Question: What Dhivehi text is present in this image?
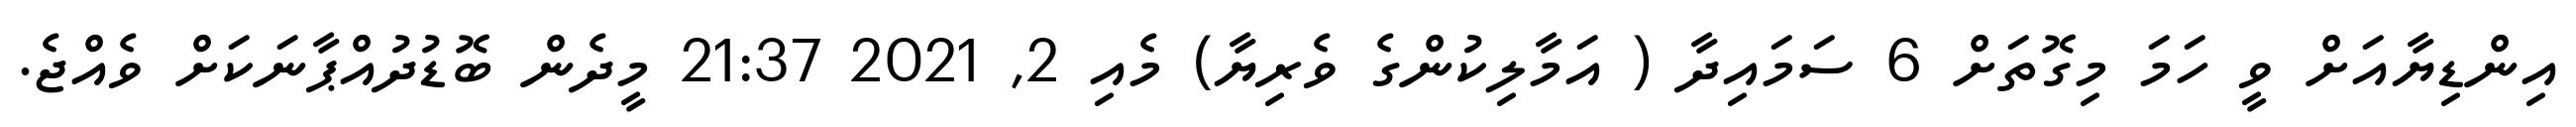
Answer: އިންޑިޔާއަށް ވީ ހަމަ މިގޮތަށް 6 ސަމައިދާ ( އަމާލިކުންގެ ވެރިޔާ) މެއި 2, 2021 21:37 މީދެން ބޮޑުދުއްޕާނަކަށް ވެއްޖެ.